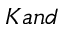
K a n d